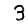
Digit: 3